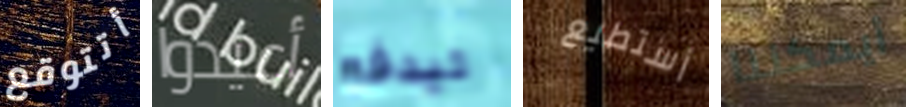
أتتوقع أعيدوا ليدفع أستطيع أيمكننا